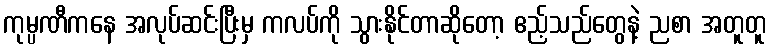
ကုမ္ပဏီကနေ အလုပ်ဆင်းပြီးမှ ကလပ်ကို သွားနိုင်တာဆိုတော့ ဧည့်သည်တွေနဲ့ ညစာ အတူတူ